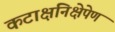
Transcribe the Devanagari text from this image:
कटाक्षनिक्षेपेण